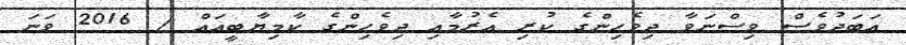
އަބަދުވެސް ވިސްނަވާ ދިވެހިންގެ ކުރި އެރުމާއި ދިވެހިންގެ ކާމިޔާބީއައް / 2016 ވަނަ